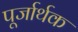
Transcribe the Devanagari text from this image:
पूर्जार्थक